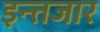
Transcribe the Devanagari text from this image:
इन्त्तजार